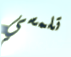
تلمسي